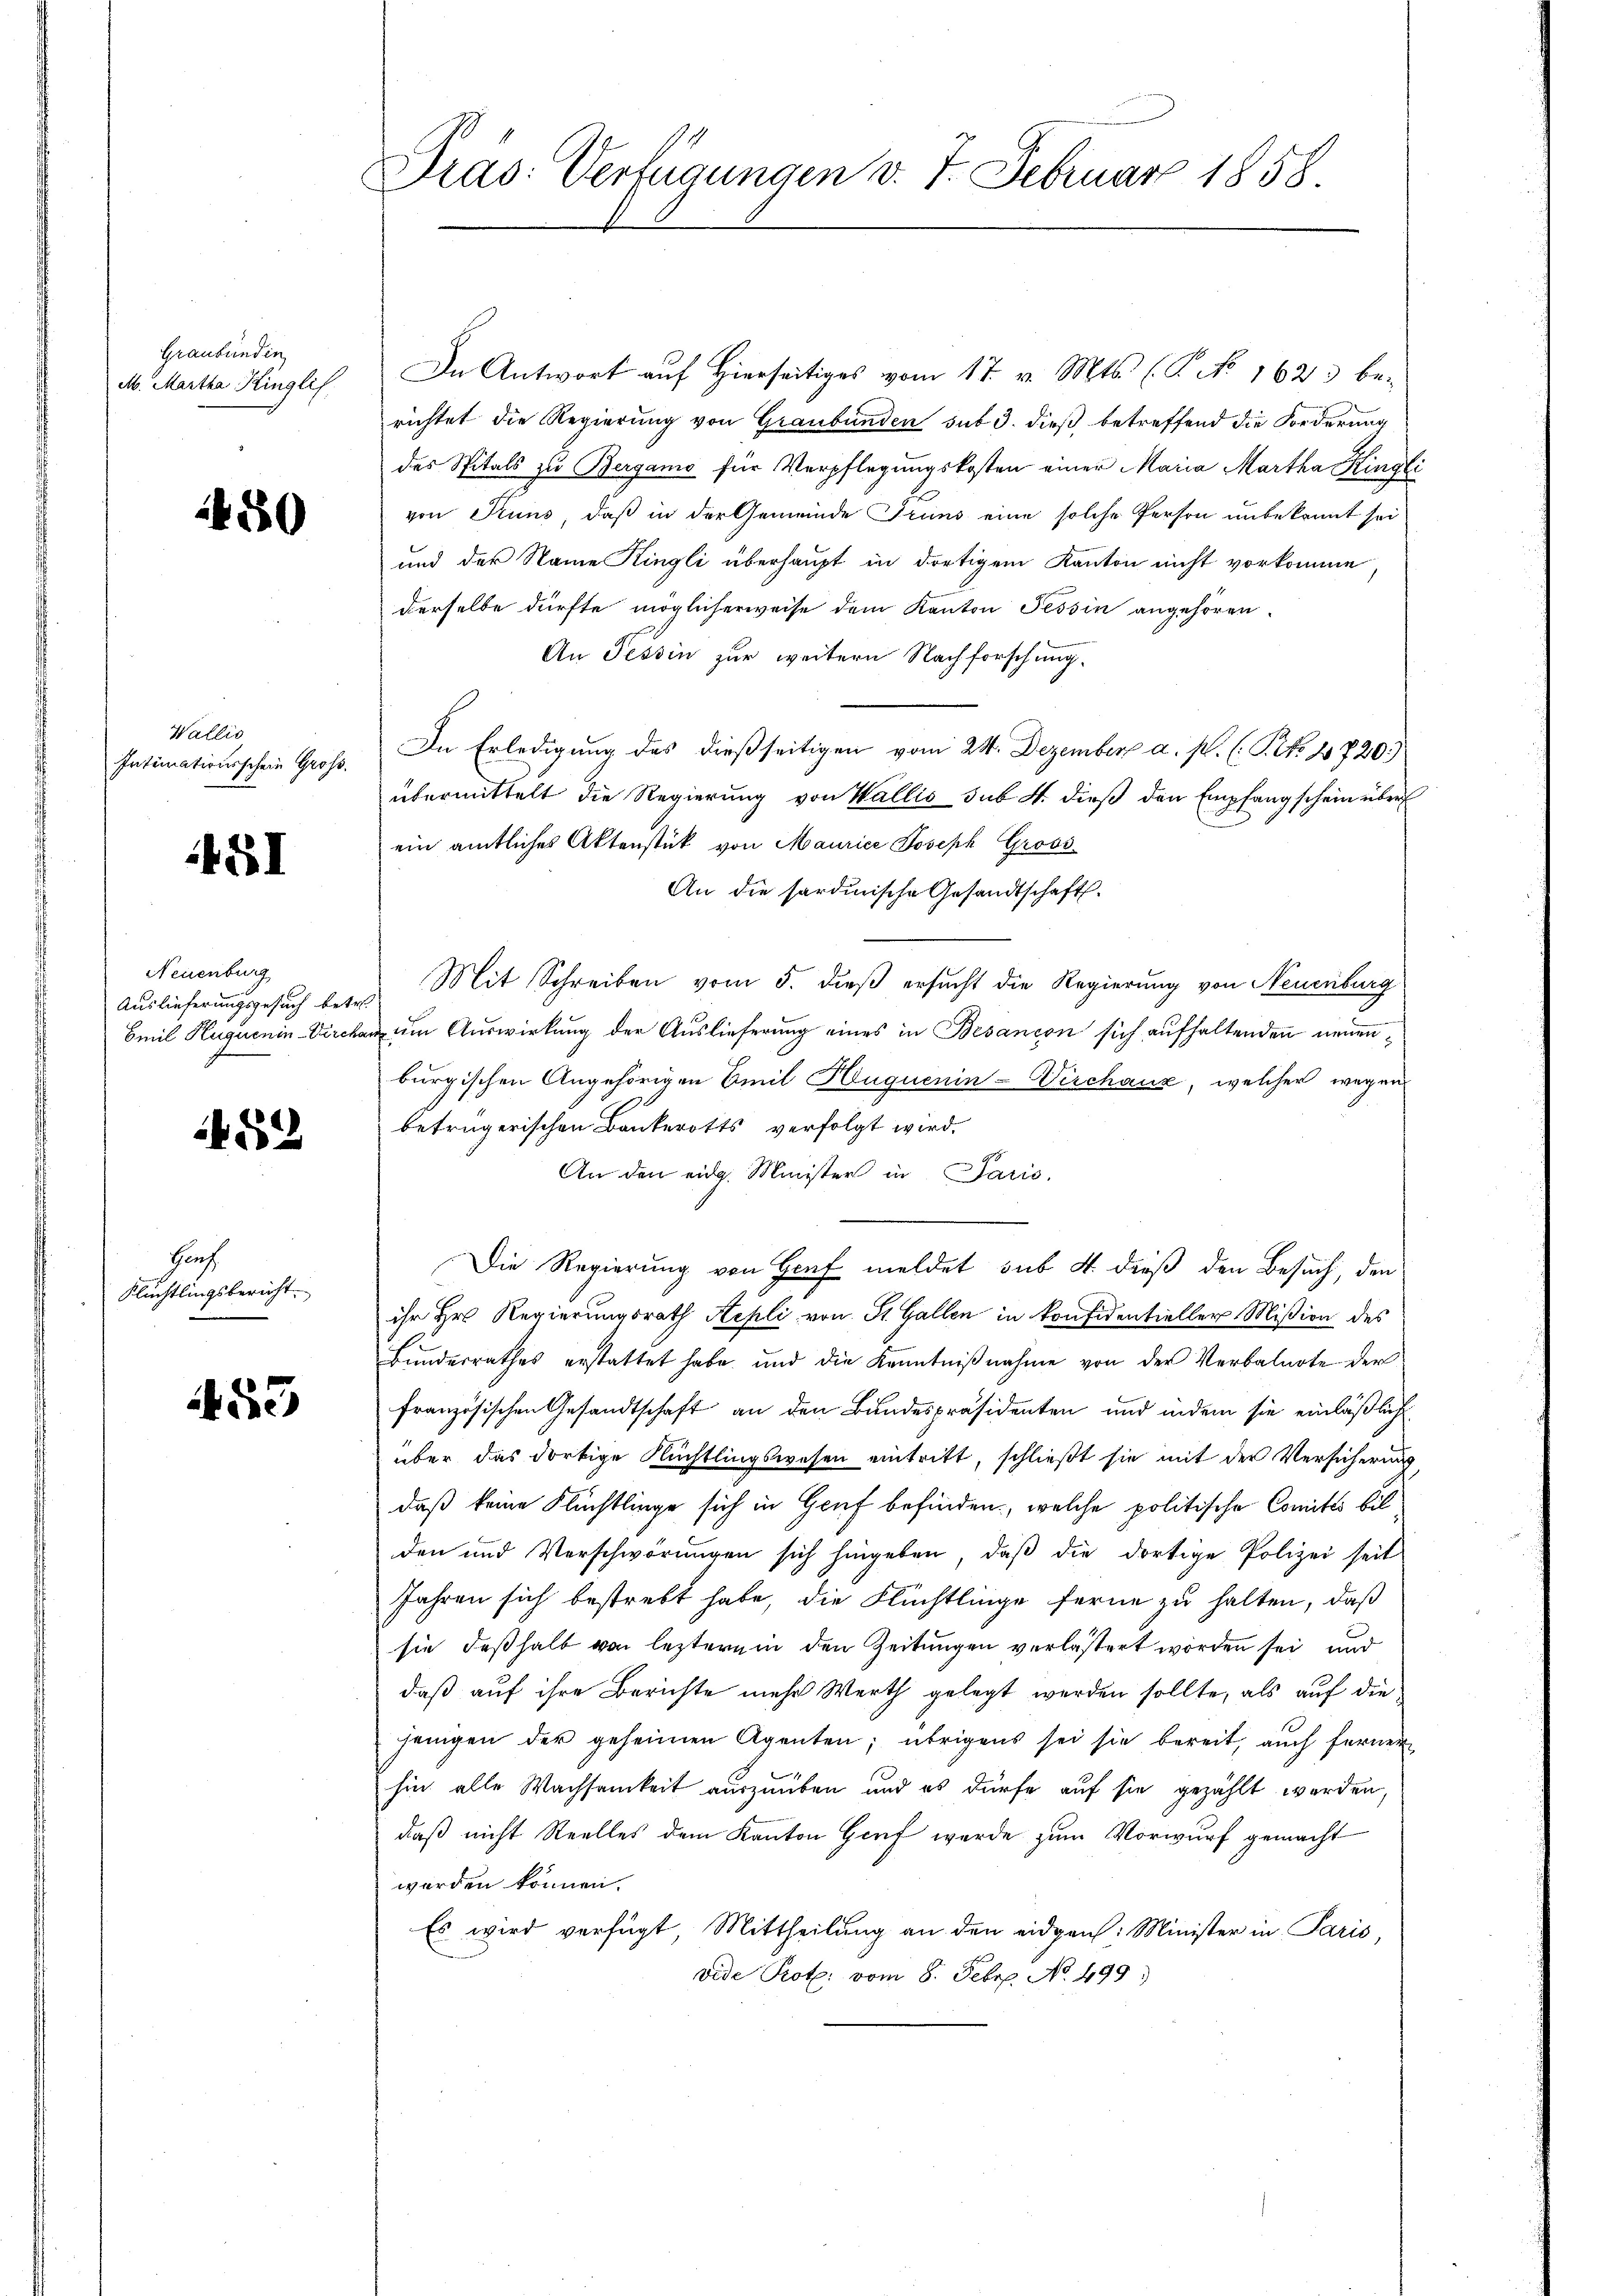
Graubünden
M. Martha Kinglis

1480

Wallis
Intimationsschein Gross.

SI

Neuenburg
Auslieferungsgesuch betr.
Emil Huquenin-Vercha

452

Hoch
Flüchtlingsbericht.

3

Dras: Verfügungen v. 7. Februar 1858

In Antwort auf Hierseitiges vom 17. v. Mts. (T. No 1623 be-
richtet die Regierung von Graubünden sub 3. dieß betreffend die Forderung
des Spitals zu Bergamo für Verpflegungskosten einer Maria Martha Hingli
von Pruns, daß in der Gemeinde Grund eine solche Person unbekannt sei
und der Name Kingli überhaupt in dortigem Kanton nicht vorkomme
derselbe dürfte möglicherweise dem Kanton Tessin angehören.
An Tessin zur weitern Nachforschung.
In Erledigung des dießseitigen vom 24. Dezember a. p. (T.2. 11720.)
übermittelt die Regierung von Wallis sub A. dieß den Empfangschein über
ein amtliches Aktenstück von Maurice Joseph Gross-
An die sardinische Gesandtschaft.
Mit Schreiben vom 5. dieß ersucht die Regierung von Neuenburg
n um Auswirkung der Auslieferung eines in Besançon sich aufhaltenden neuenburgischen Angehörigen Emil Huquenin-Vischaux, welcher wegen
betrügerischen Bankerotts verfolgt wird.
An den eidg. Minister in Paris.
Die Regierung von Graf meldet sub 4 dieß den Besuch, den
ihr Hr. Regierungsrath Kepli von St. Gallen in konfidentieller Mißion des
Bundesrathes erstattet habe, und die Kenntniβnahme von der Verbalnote der
französischen Gesandtschaft an den Bundespräsidenten und indem sie einläßlich
über das dortige Flüchtlingswesen eintritt, schließt sie mit der Versicherung
daß keine Flüchtlinge sich in Genf befinden, welche politische Comites bil
den und Verschwörungen sich hingeben, daβ die dortige Polizei seit
Jahren sich bestrebt habe, die Flüchtlinge ferne zu halten, daß
sie, deßhalb von leztern in den Zeitungen verlastert worden sei und
daß auf ihre Berichte mehr Werth gelegt werden sollte, als auf die
jenigen der geheimen Agenten; übrigens sei sie bereit, auch ferner
hin alle Wachsamkeit auszuüben und es dürfe auf sie gezählt werden
daß nicht Steelles dem Kanton Genf werde zum Vorwurf gemacht
worden können.
Es wird verfügt Mittheilung an den eidgen: Minister in Paris,
vide Prot. vom 8. Febr. No. 499.